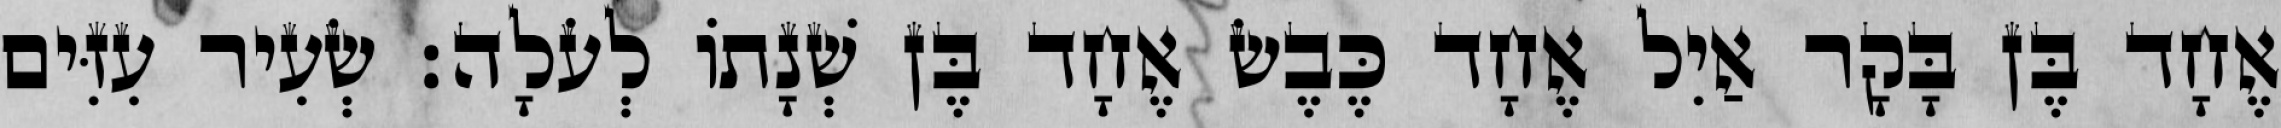
אֶחָד בֶּן בָּקָר אַיִל אֶחָד כֶּבֶשׂ אֶחָד בֶּן שְׁנָתוֹ לְעֹלָה׃ שְׂעִיר עִזִּים